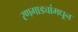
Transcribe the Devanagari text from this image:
रणगाड्यांमधून